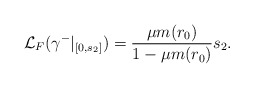
\begin{align*}\mathcal{L}_F({\gamma^-}|_{[0,s_2]})=\frac{\mu m(r_0)}{1-\mu m(r_0)}s_2.\end{align*}